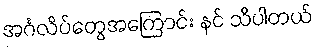
အင်္ဂလိပ်တွေအကြောင်း နင် သိပါတယ်